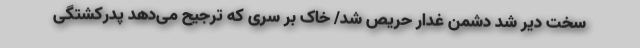
سخت دیر شد دشمن غدار حریص شد/ خاک بر سری که ترجیح می‌دهد پدرکشتگی